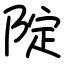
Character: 䧑